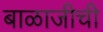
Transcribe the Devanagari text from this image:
बाळाजीची